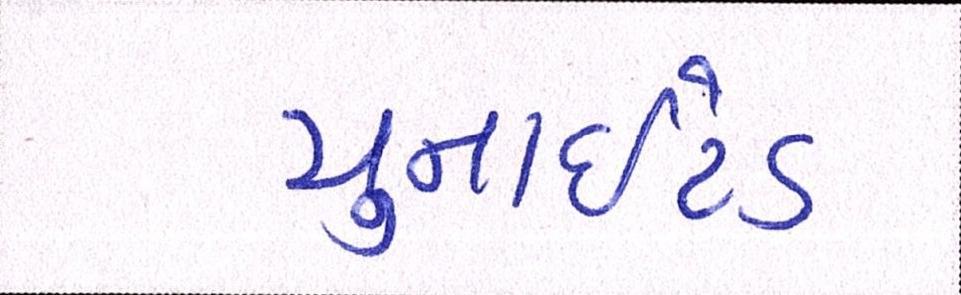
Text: યુનાઈટેડ